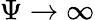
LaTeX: \Psi\to\infty